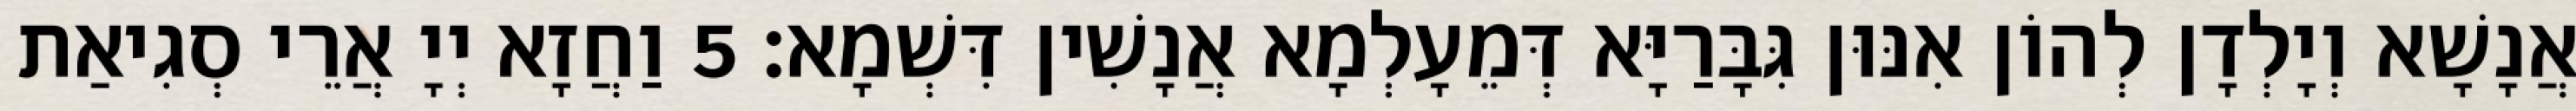
אֲנָשָׁא וְיָלְדָן לְהוֹן אִנּוּן גִּבָּרַיָּא דְּמֵעָלְמָא אֲנָשִׁין דִּשְׁמָא׃ 5 וַחֲזָא יְיָ אֲרֵי סְגִיאַת